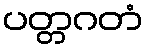
ပတ္တဂတံ